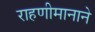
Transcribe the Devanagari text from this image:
राहणीमानाने